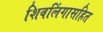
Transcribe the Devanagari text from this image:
शिवलिंगासहित